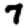
Digit: 7